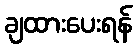
ချထားပေးရန်